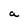
Character: a